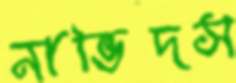
নাভিদস